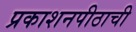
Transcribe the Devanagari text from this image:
प्रकाशनपीठाची